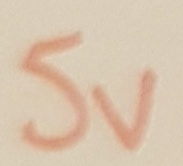
Text: 5V